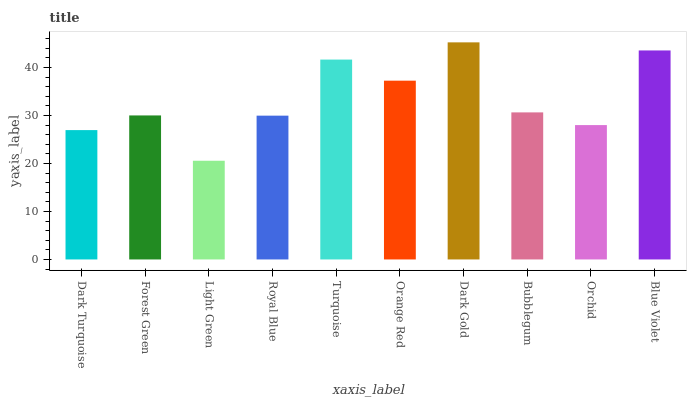
| xaxis_label | bars |
 | --- | --- |
 | Dark Turquoise | 27 |
 | Forest Green | 30 |
 | Light Green | 20.6 |
 | Royal Blue | 30 |
 | Turquoise | 41.6 |
 | Orange Red | 37.2 |
 | Dark Gold | 45.2 |
 | Bubblegum | 30.6 |
 | Orchid | 28 |
 | Blue Violet | 43.5 |